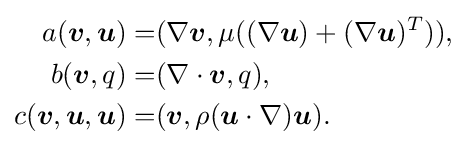
{\begin{aligned}a({\boldsymbol {v}},{\boldsymbol {u}})=&(\nabla {\boldsymbol {v}},\mu ((\nabla {\boldsymbol {u}})+(\nabla {\boldsymbol {u}})^{T})),\\b({\boldsymbol {v}},q)=&(\nabla \cdot {\boldsymbol {v}},q),\\c({\boldsymbol {v}},{\boldsymbol {u}},{\boldsymbol {u}})=&({\boldsymbol {v}},\rho ({\boldsymbol {u}}\cdot \nabla ){\boldsymbol {u}}).\end{aligned}}